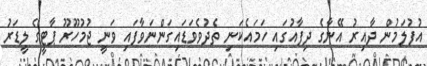
އުފުލަމުން ދާއިރު އޭނާގެ ދިފާއުގައި ހަމައެކަނި ތެދުވެވަޑައިގަންނަވާފައި ވަނީ ޖުމުހޫރޫ ޕާޓީގެ ލީޑަރު